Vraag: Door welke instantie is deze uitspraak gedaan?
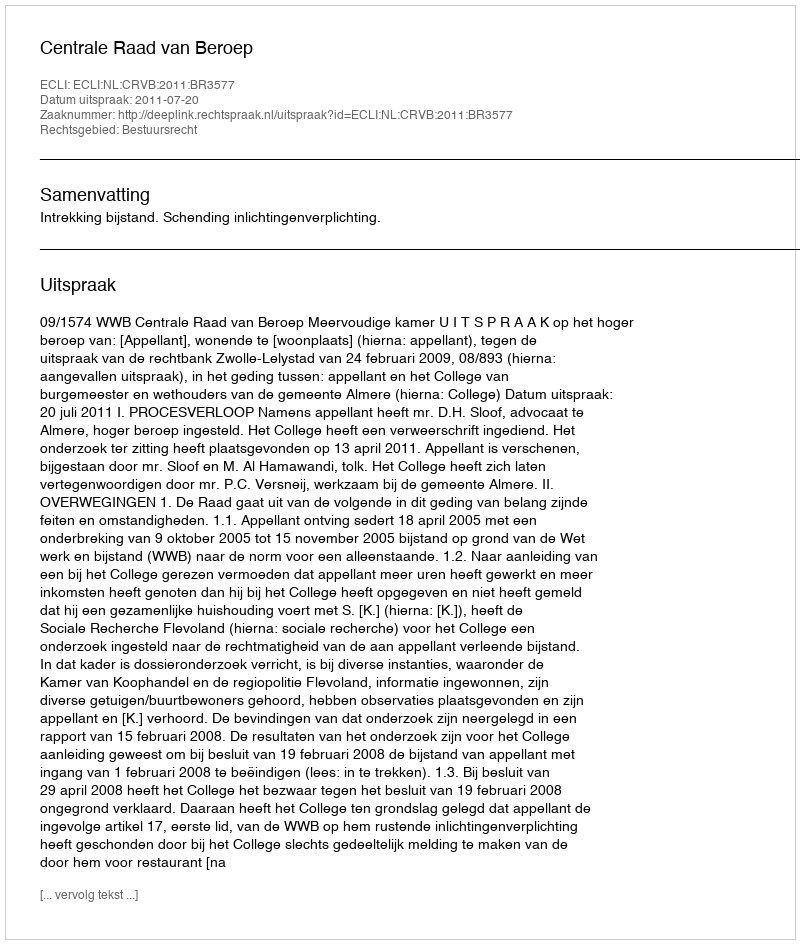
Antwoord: Centrale Raad van Beroep